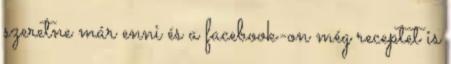
szeretne már enni és a facebook-on még receptet is